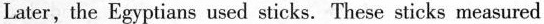
Later, the Egyptians used sticks. These sticks measured